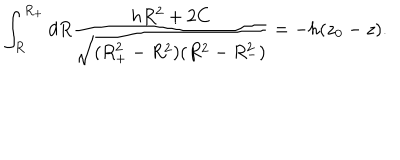
\int _ { R } ^ { R _ { + } } d R \frac { h R ^ { 2 } + 2 C } { \sqrt { ( R _ { + } ^ { 2 } - R ^ { 2 } ) ( R ^ { 2 } - R _ { - } ^ { 2 } ) } } = - h ( z _ { 0 } - z ) .